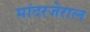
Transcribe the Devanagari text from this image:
मांदरजेराल